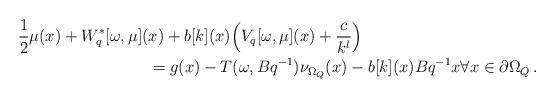
\begin{align*}&\frac{1}{2}\mu(x) +W_{q}^\ast[\omega,\mu](x)+b[k](x)\Big(V_{q}[\omega, \mu](x)+\frac{c}{k^{l}}\Big)\\ &\qquad\qquad\qquad\qquad=g(x)-T(\omega,Bq^{-1})\nu_{\Omega_Q}(x)- { b[k](x)}Bq^{-1}x\forall x \in \partial \Omega_Q\, .\end{align*}